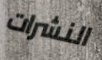
النشرات